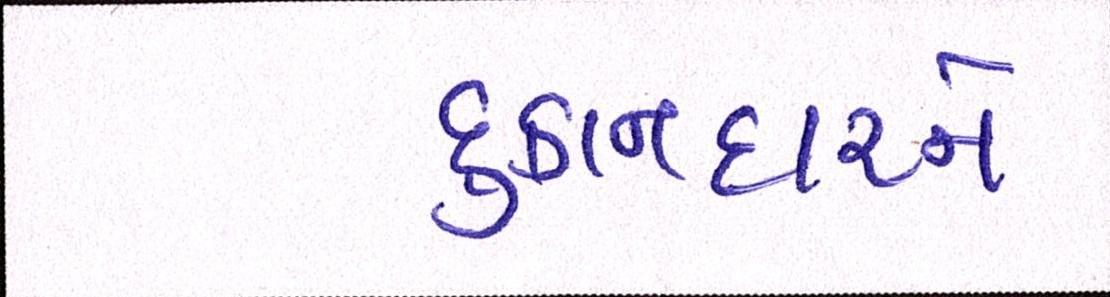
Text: દુકાનદારને